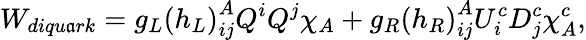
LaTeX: W_{diqu\mathfrak{a}rk}=g_{L}\left(h_{L}\right)_{ij}^{A}Q^{i}Q^{j}\chi_{A}+g_{R}\left(h_{R}\right)_{ij}^{A}U_{i}^{c}D_{j}^{c}\chi_{A}^{c},